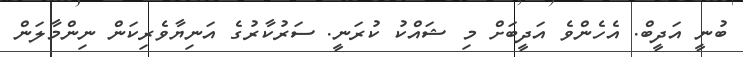
ބުނީ އަދީބް. އެހެންވެ އަދީބަށް މި ޝައްކު ކުރަނީ. ސަރުކާރުގެ އަނިޔާވެރިކަން ނިންމާލަން